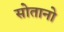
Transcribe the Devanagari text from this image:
सोतानो